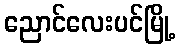
ညောင်လေးပင်မြို့